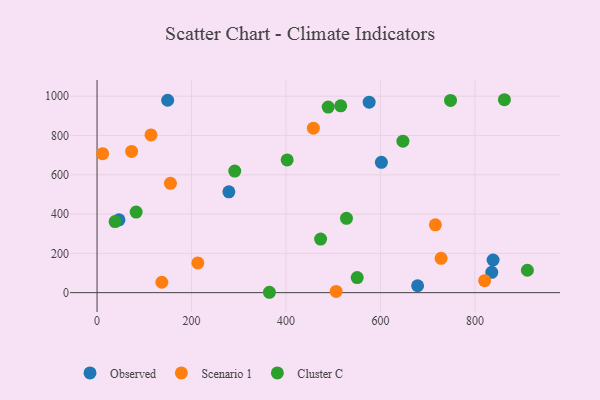
{"axis": {"x": "Engine Size", "y": "Fuel Efficiency"}, "legend": ["Cluster C", "Observed", "Scenario 1"], "data": [{"x": "838.5", "y": 166.1, "type": "Observed"}, {"x": "835.7", "y": 103.3, "type": "Observed"}, {"x": "678.7", "y": 35.2, "type": "Observed"}, {"x": "46.4", "y": 370.5, "type": "Observed"}, {"x": "279.1", "y": 513.1, "type": "Observed"}, {"x": "602.0", "y": 663.5, "type": "Observed"}, {"x": "576.1", "y": 969.7, "type": "Observed"}, {"x": "149.5", "y": 979.6, "type": "Observed"}, {"x": "11.8", "y": 707.3, "type": "Scenario 1"}, {"x": "114.2", "y": 802.8, "type": "Scenario 1"}, {"x": "716.3", "y": 345.2, "type": "Scenario 1"}, {"x": "506.3", "y": 6.4, "type": "Scenario 1"}, {"x": "137.1", "y": 53.0, "type": "Scenario 1"}, {"x": "820.6", "y": 61.1, "type": "Scenario 1"}, {"x": "458.0", "y": 837.5, "type": "Scenario 1"}, {"x": "73.2", "y": 718.8, "type": "Scenario 1"}, {"x": "155.4", "y": 556.4, "type": "Scenario 1"}, {"x": "728.4", "y": 174.7, "type": "Scenario 1"}, {"x": "213.4", "y": 151.1, "type": "Scenario 1"}, {"x": "528.1", "y": 378.6, "type": "Cluster C"}, {"x": "862.5", "y": 982.2, "type": "Cluster C"}, {"x": "364.9", "y": 1.9, "type": "Cluster C"}, {"x": "82.8", "y": 410.3, "type": "Cluster C"}, {"x": "647.6", "y": 771.0, "type": "Cluster C"}, {"x": "489.4", "y": 944.6, "type": "Cluster C"}, {"x": "291.5", "y": 618.7, "type": "Cluster C"}, {"x": "402.5", "y": 675.8, "type": "Cluster C"}, {"x": "515.9", "y": 951.1, "type": "Cluster C"}, {"x": "473.3", "y": 272.9, "type": "Cluster C"}, {"x": "748.4", "y": 978.4, "type": "Cluster C"}, {"x": "38.2", "y": 361.8, "type": "Cluster C"}, {"x": "550.8", "y": 76.9, "type": "Cluster C"}, {"x": "911.1", "y": 114.0, "type": "Cluster C"}]}